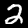
Label: 2